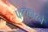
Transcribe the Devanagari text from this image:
फटकारने